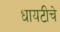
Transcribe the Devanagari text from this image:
धायटीचे